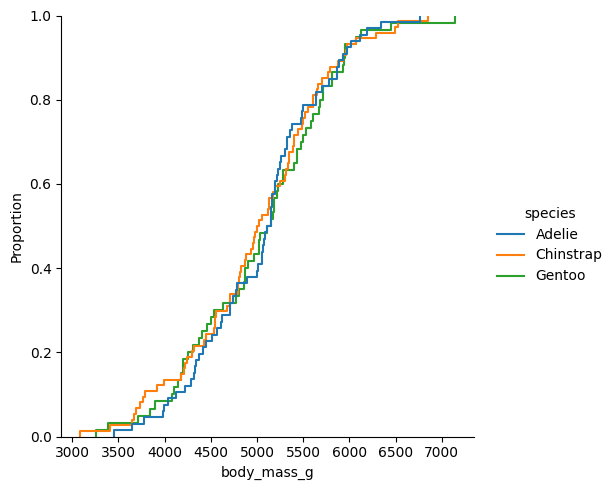
python, seaborn, displot, kind='ecdf', column='body_mass_g', hue='species', height=5, aspect=1.0